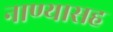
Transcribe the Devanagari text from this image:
नाण्यासह